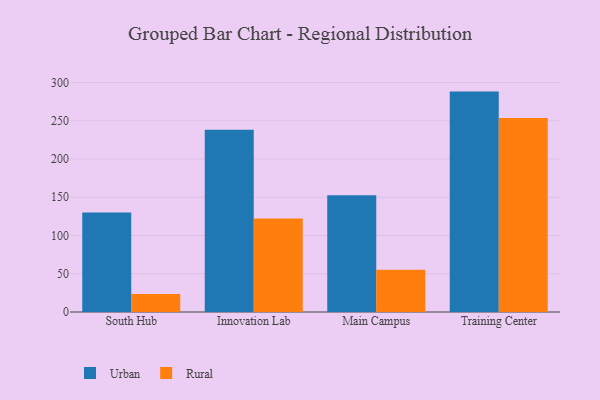
{"axis": {"x": "Campus", "y": "Waste Production (Tons)"}, "legend": ["Rural", "Urban"], "data": [{"x": "South Hub", "y": 130.1, "type": "Urban"}, {"x": "South Hub", "y": 23.5, "type": "Rural"}, {"x": "Innovation Lab", "y": 238.3, "type": "Urban"}, {"x": "Innovation Lab", "y": 122.1, "type": "Rural"}, {"x": "Main Campus", "y": 152.5, "type": "Urban"}, {"x": "Main Campus", "y": 55.2, "type": "Rural"}, {"x": "Training Center", "y": 288.1, "type": "Urban"}, {"x": "Training Center", "y": 253.5, "type": "Rural"}]}